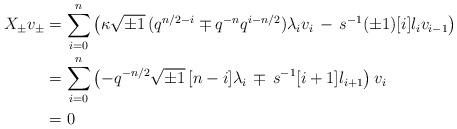
LaTeX: \begin{align*}X_{\pm} v_{\pm} &= \sum_{i=0}^n \left(\kappa\sqrt{\pm 1} \, (q^{n/2-i} \mp q^{-n }q^{i-n/2}) \lambda_i v_i \, - \, s^{-1} (\pm 1) [i] \l_i v_{i-1} \right) \\ &= \sum_{i=0}^n \left( - q^{-n/2}\sqrt{\pm 1}\, [n-i] \lambda_i \, \mp \, s^{-1} [i+1] \l_{i+1} \right) v_i \\ & = 0\end{align*}